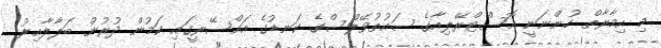
މި އިމާރާތް ހުންނަނީ އޮސްޓްރޭލިއާގެ ސައުތުވޭލްސްގެ ކަނޑުގެ އައްސޭރީގައި ކަމުން ދުރުން ބަލާލާއިރު